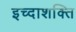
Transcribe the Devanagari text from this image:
इच्दाशक्ति